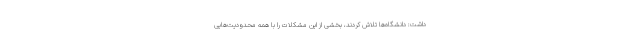
داشت: دانشگاه‌ها تلاش کردند، بخشی از این مشکلات را با همه محدودیت‌هایی